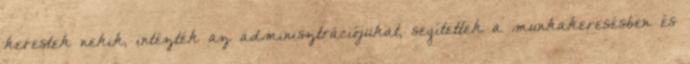
kerestek nekik, intézték az adminisztrációjukat, segítettek a munkakeresésben és